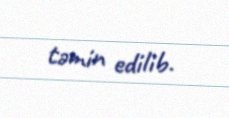
təmin edilib.